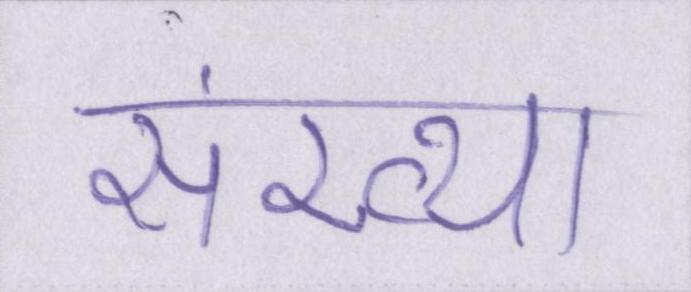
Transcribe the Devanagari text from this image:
संख्या